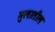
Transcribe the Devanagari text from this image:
मुलातील